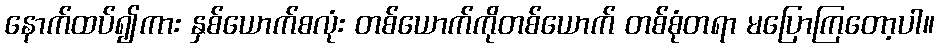
နောက်ထပ်၍ကား နှစ်ယောက်စလုံး တစ်ယောက်ကိုတစ်ယောက် တစ်စုံတရာ မပြောကြတော့ပါ။